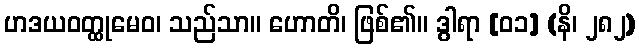
ဟဒယဝတ္ထုမေဝ၊ သည်သာ။ ဟောတိ၊ ဖြစ်၏။ ဒွါရာ [၀၁] (နိ၊ ၂၈၂)